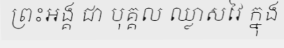
ព្រះអង្គ ជា បុគ្គល ឈ្លាសវៃ ក្នុង